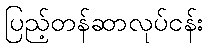
ပြည့်တန်ဆာလုပ်ငန်း